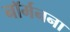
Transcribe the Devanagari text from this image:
नॉर्मनना